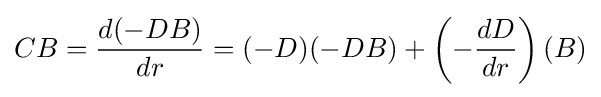
CB={\frac {d(-DB)}{dr}}=(-D)(-DB)+\left(-{\frac {dD}{dr}}\right)(B)